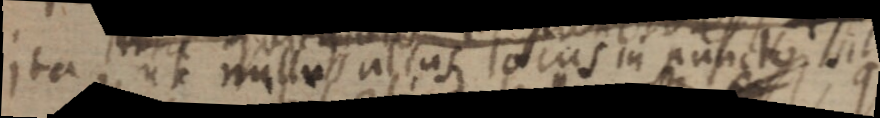
ita ut nullus alius locus in puncto sit